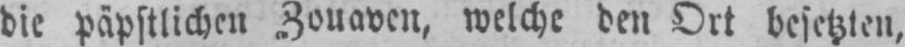
die päpstlichen Zouaven, welche den Ort besetzten,